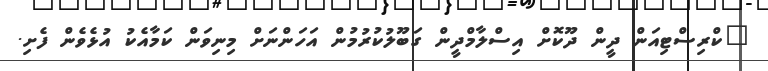
"ކްރިސްޓިއަން ދީން ދޫކޮށް އިސްލާމްދީން ގަބޫލުކުރުމުން އަހަންނަށް މިނިވަން ކަމާއެކު އުޅެވެން ފެށި.